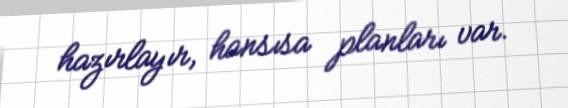
hazırlayır, hansısa planları var.